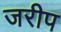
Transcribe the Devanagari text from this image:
जरीप